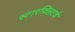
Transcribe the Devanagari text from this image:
स्टारफ्लिटचे